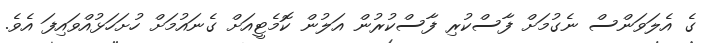
ގެ އެލަވަންސް ނެގުމަށް ފާސްކުރި ފާސްކުރުން އަލުން ކޮމެޓީއަށް ގެނައުމަށް ހުށަހަޅުއްވައިފަ އެވެ.